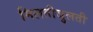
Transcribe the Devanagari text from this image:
मिलतीजुलती